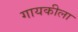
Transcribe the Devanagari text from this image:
गायकीला